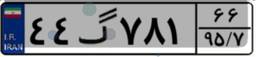
۴۴گ۷۸۱۶۶